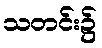
သတင်း၌